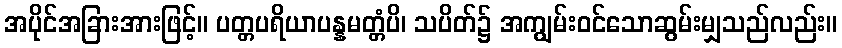
အပိုင်အခြားအားဖြင့်။ ပတ္တပရိယာပန္နမတ္တံပိ၊ သပိတ်၌ အကျွမ်းဝင်သောဆွမ်းမျှသည်လည်း။